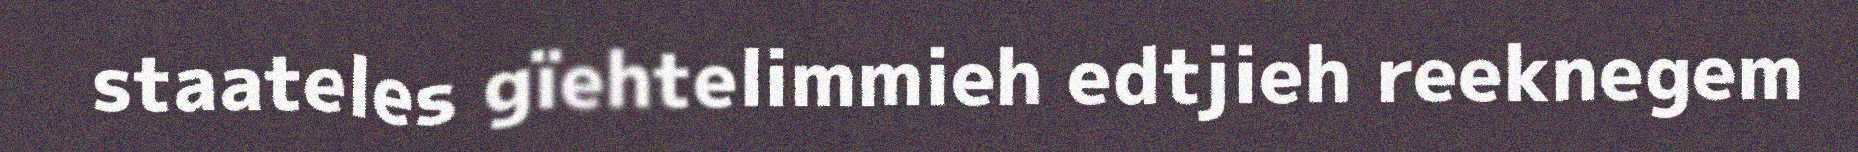
staateles gïehtelimmieh edtjieh reeknegem